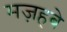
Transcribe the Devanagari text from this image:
मज़हबे